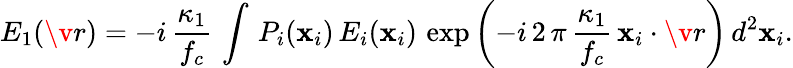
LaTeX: E_{1}(\v r)=-i\, \frac{\kappa_{1}}{f_{c}}\, \int\, P_{i}(\mathbf{x}_{i})\, E_{i}(\mathbf{x}_{i})\, \exp\left(-i\, 2\, \pi\, \frac{\kappa_{1}}{f_{c}}\, \mathbf{x}_{i}\cdot\v r\right)\, d^{2}\mathbf{x}_{i}.